DOW-UAP-D49, Launch Summary, Vandenberg AFB, 2000
Agency: Department of War
Incident date: 2/3/00
Page 112
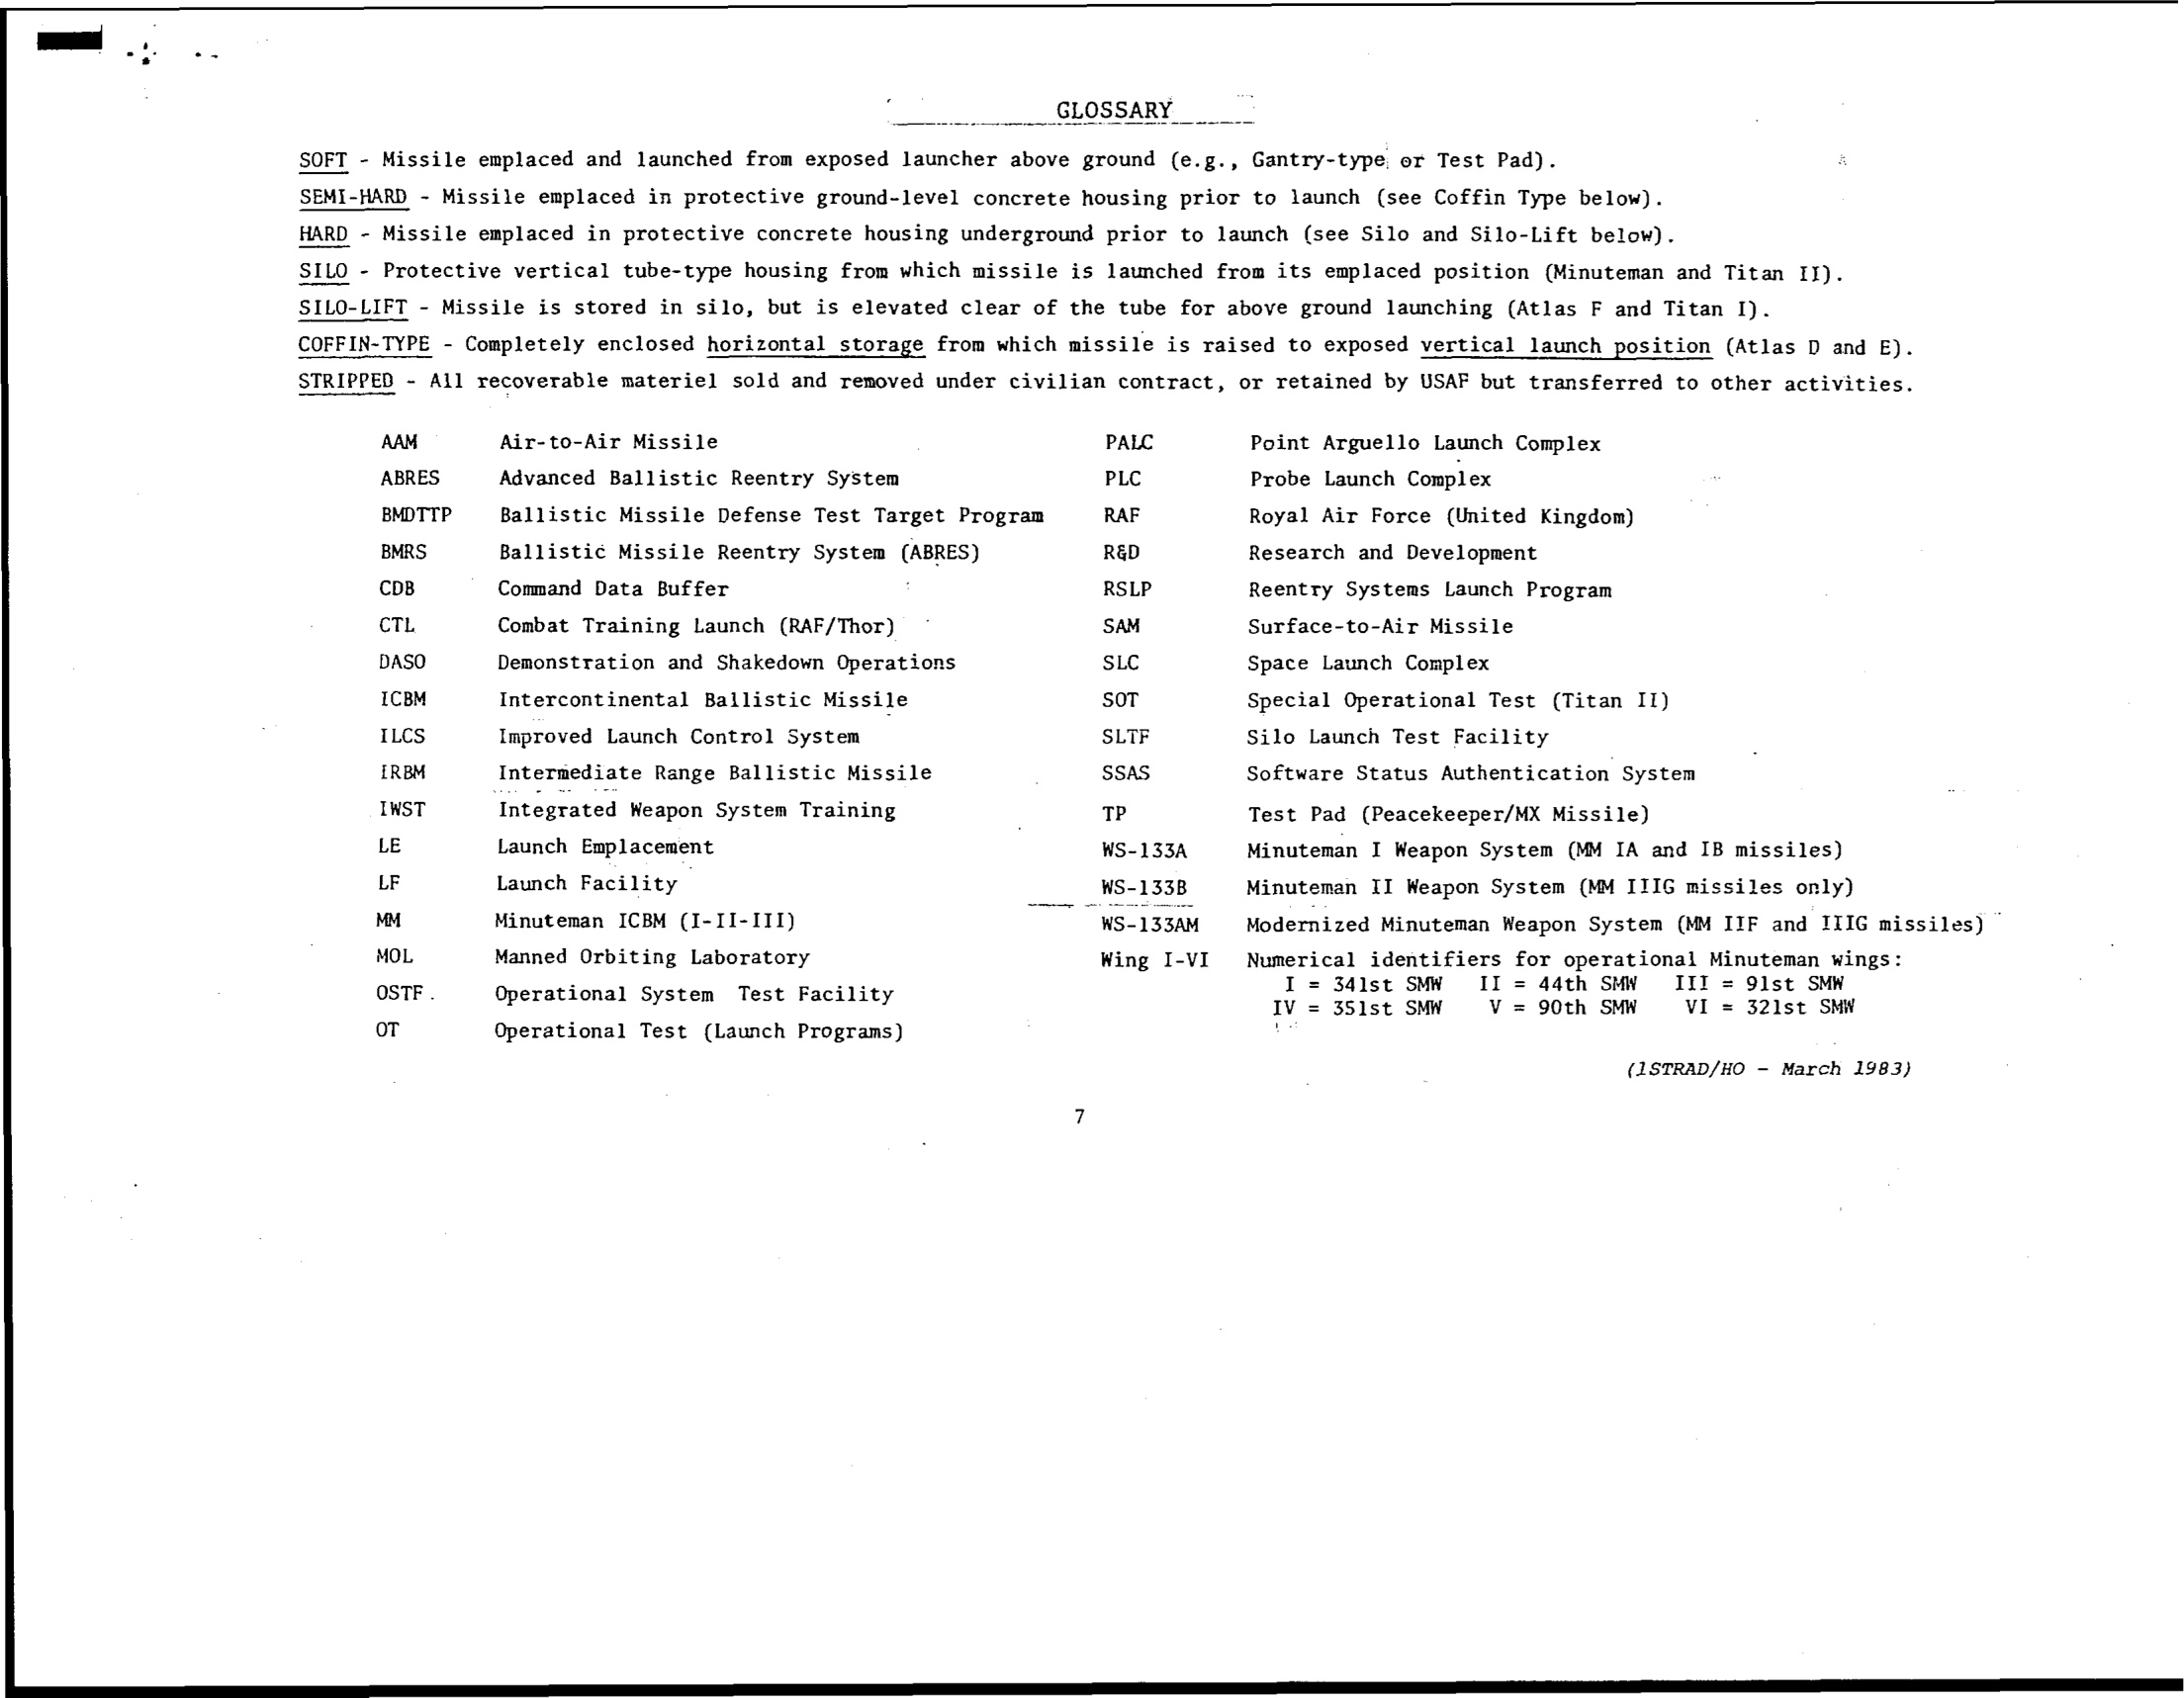